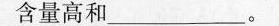
含量高和___。